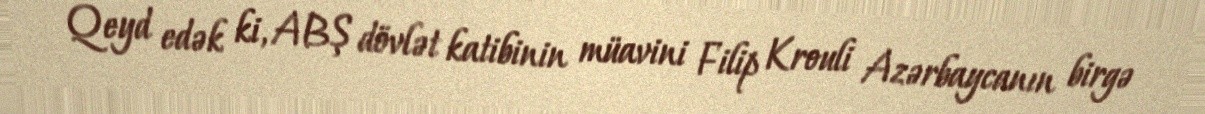
Qeyd edək ki, ABŞ dövlət katibinin müavini Filip Krouli Azərbaycanın birgə